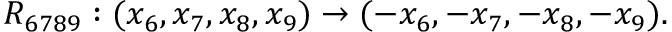
R _ { 6 7 8 9 } : ( x _ { 6 } , x _ { 7 } , x _ { 8 } , x _ { 9 } ) \rightarrow ( - x _ { 6 } , - x _ { 7 } , - x _ { 8 } , - x _ { 9 } ) .